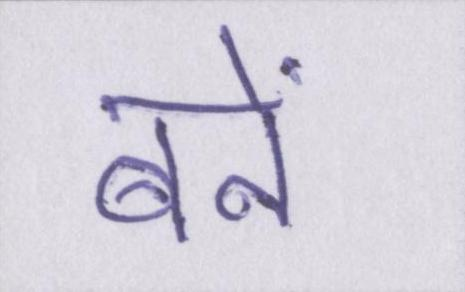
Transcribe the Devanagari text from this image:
बनें